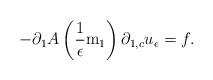
LaTeX: \begin{align*}-\partial_{1}A\left(\frac{1}{\epsilon}\mathrm{m}_{1}\right)\partial_{1,c}u_{\epsilon}=f.\end{align*}